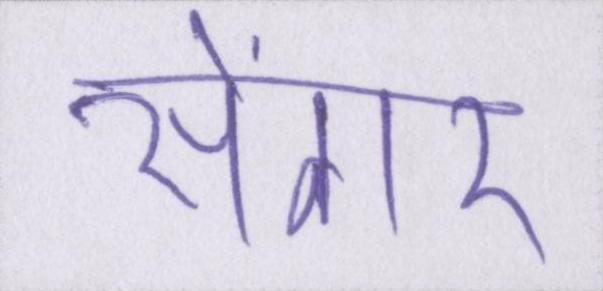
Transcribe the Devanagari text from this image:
सेंगर